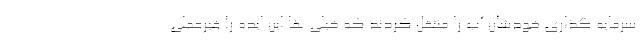
سرمایه گذاری خودشان آب را منتقل کردند که خیلی ها این ایده را غیرعملی